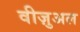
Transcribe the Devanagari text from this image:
वीज़ुअल